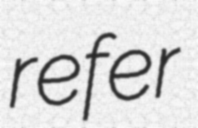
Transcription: refer